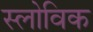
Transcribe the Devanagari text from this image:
स्लोविक